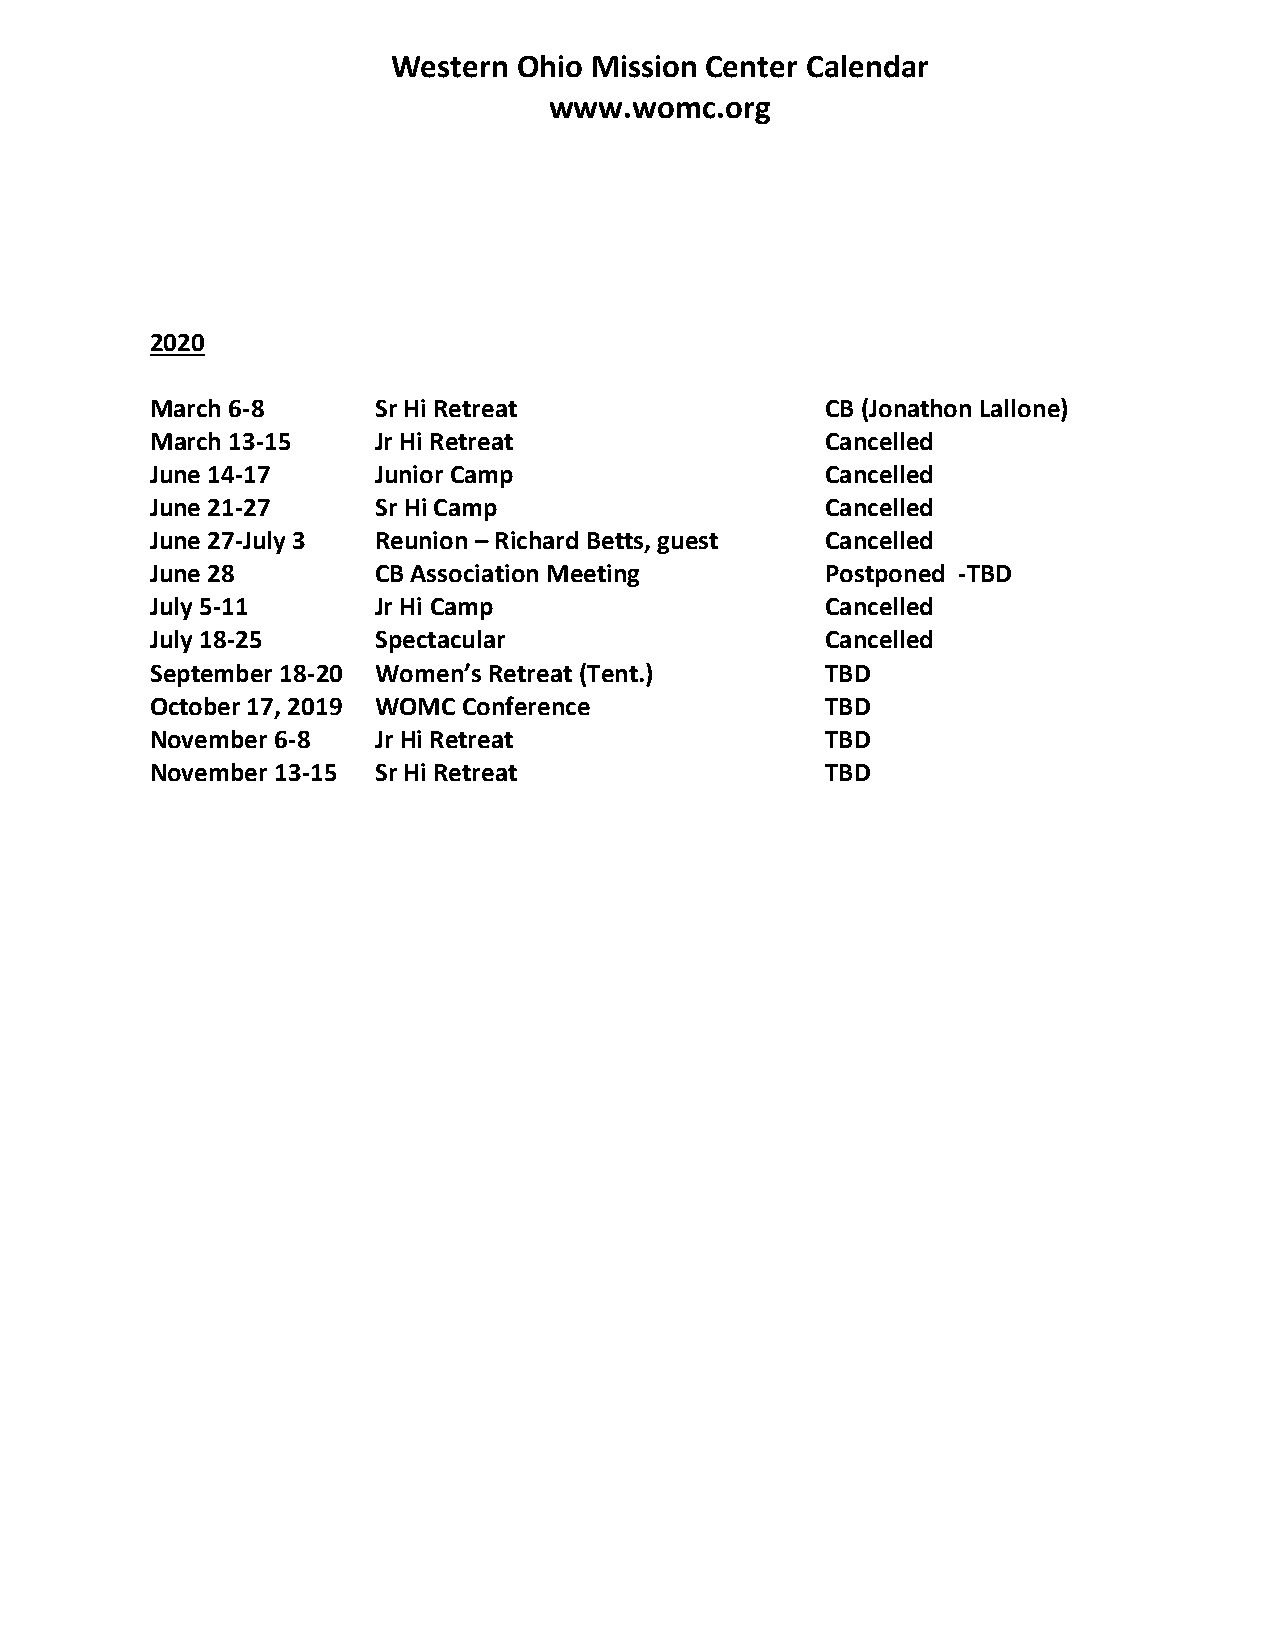
Western Ohio Mission Center Calendar
 www.womc.org
 2020
 March 6-8      Sr Hi Retreat                 CB (Jonathon Lallone)
 March 13-15    Jr Hi Retreat                 Cancelled
 June 14-17     Junior Camp                   Cancelled
 June 21-27     Sr Hi Camp                    Cancelled
 June 27-July 3 Reunion – Richard Betts, guest Cancelled
 June 28        CB Association Meeting        Postponed -TBD
 July 5-11      Jr Hi Camp                    Cancelled
 July 18-25     Spectacular                   Cancelled
 September 18-20 Women’s Retreat (Tent.)      TBD
 October 17, 2019 WOMC Conference             TBD
 November 6-8   Jr Hi Retreat                 TBD
 November 13-15 Sr Hi Retreat                 TBD